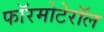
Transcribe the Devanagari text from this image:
फॉरमोटेरॉल